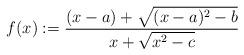
LaTeX: \begin{align*}f(x):=\frac{(x-a)+\sqrt{(x-a)^2-b}}{x+\sqrt{x^2-c}}\end{align*}